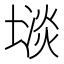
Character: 𫮡